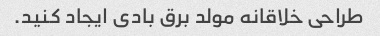
طراحی خلاقانه مولد برق بادی ایجاد کنید.